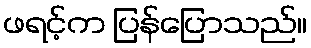
ဖရင့်က ပြန်ပြောသည်။